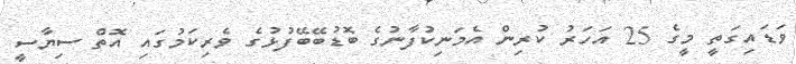
ވަޑައިގަތީ މީގެ 25 އަހަރު ކުރިން އެމަނިކުފާނުގެ ބޮޑުބޭބޭފުޅުގެ ވެރިކަމުގައި އޮތް ސިޔާސީ